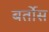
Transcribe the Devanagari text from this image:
बर्तोस